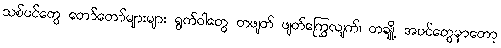
သစ်ပင်တွေ တော်တော်များများ ရွက်ဝါတွေ တဖျတ် ဖျတ်ကြွေလျက်၊ တချို့ အပင်တွေမှာတော့